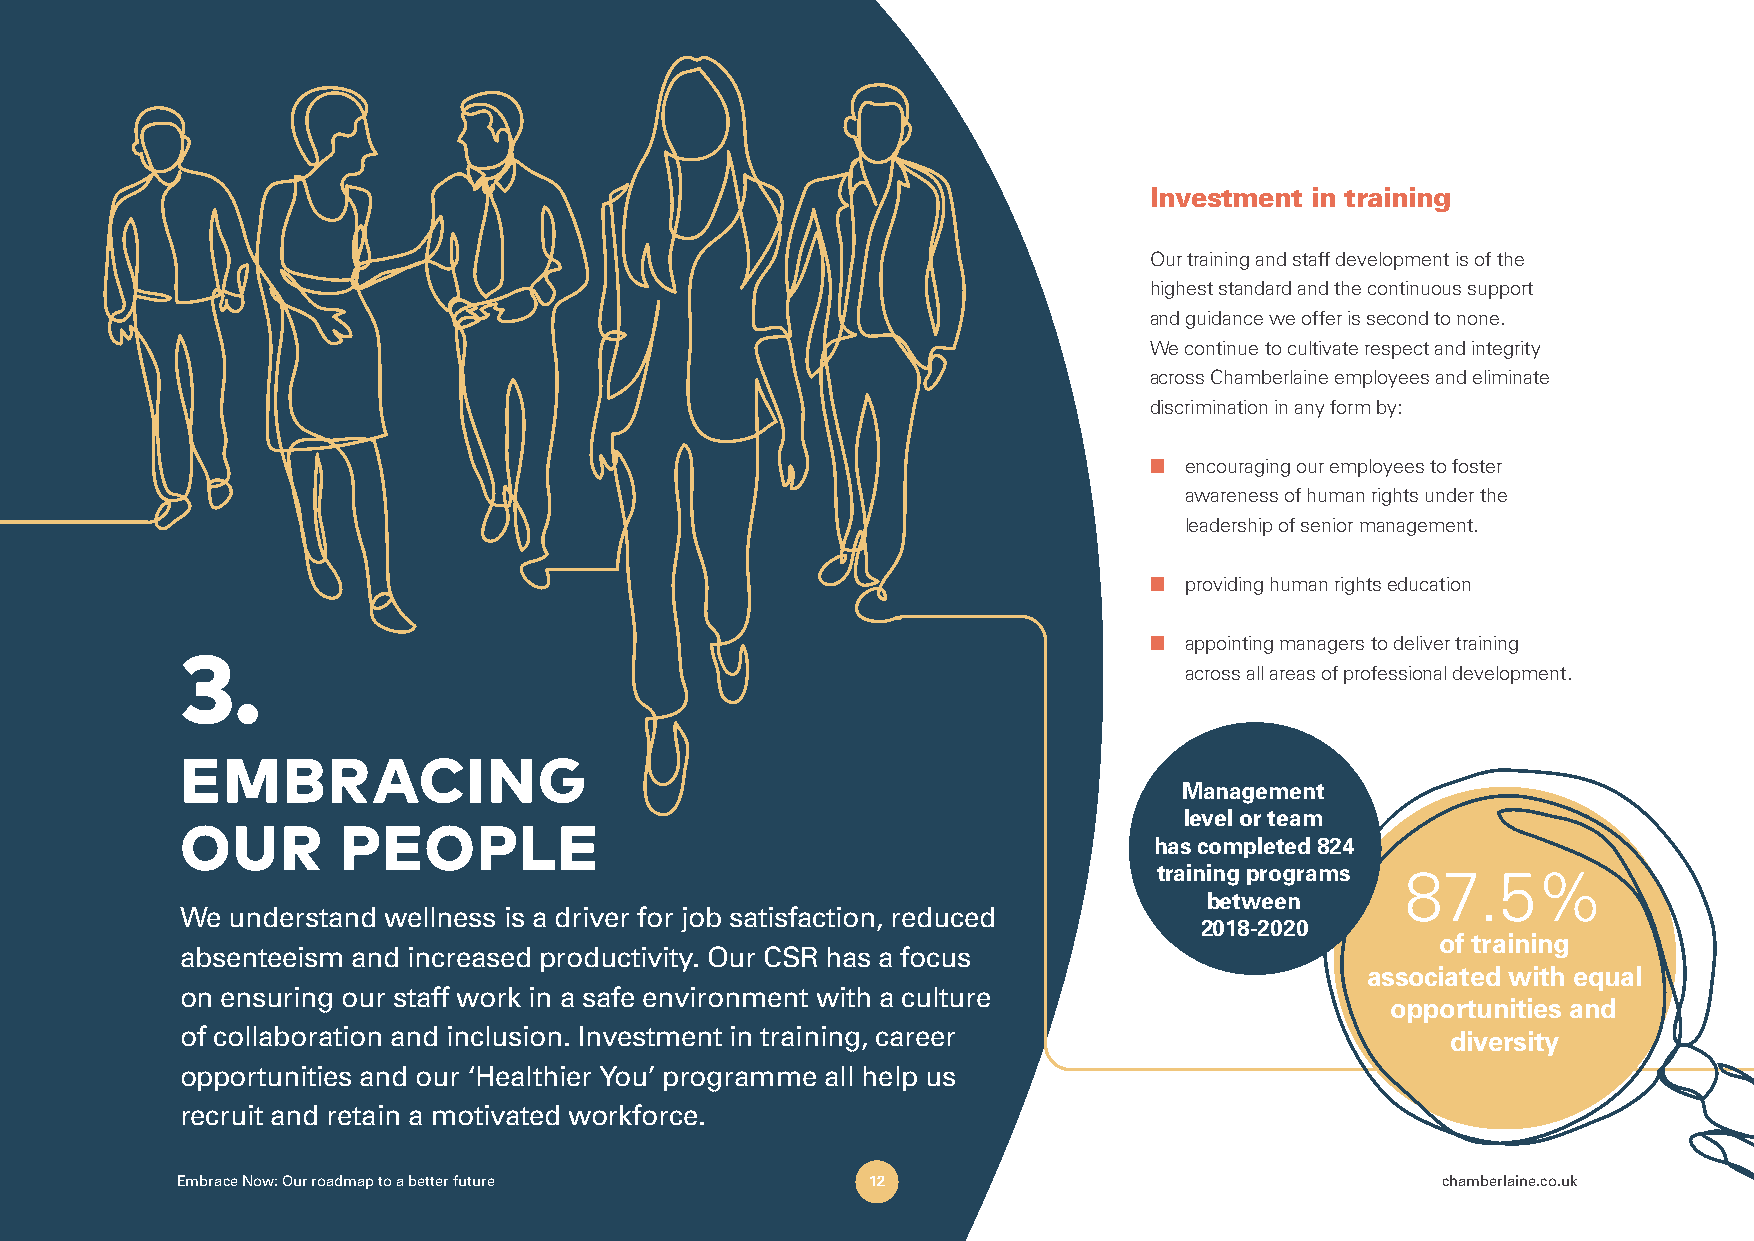
Investment in training
 Our training and staff development is of the
 highest standard and the continuous support
 and guidance we offer is second to none.
 We continue to cultivate respect and integrity
 across Chamberlaine employees and eliminate
 discrimination in any form by:
 ■ encouraging our employees to foster
 awareness of human rights under the
 leadership of senior management.
 ■ providing human rights education
 ■ appointing managers to deliver training
 3.
 across all areas of professional development.
 EMBRACING
 Management
 level or team
 OUR        PEOPLE
 has completed 824
 training programs 87.5%
 between
 We understand wellness is a driver for job satisfaction, reduced
 2018-2020
 of training
 absenteeism and increased productivity. Our CSR has a focus
 associated with equal
 on ensuring our staff work in a safe environment with a culture
 opportunities and
 of collaboration and inclusion. Investment in training, career                      diversity
 opportunities and our ‘Healthier You’ programme all help us
 recruit and retain a motivated workforce.
 Embrace Now: Our roadmap to a better future   12                                   chamberlaine.co.uk